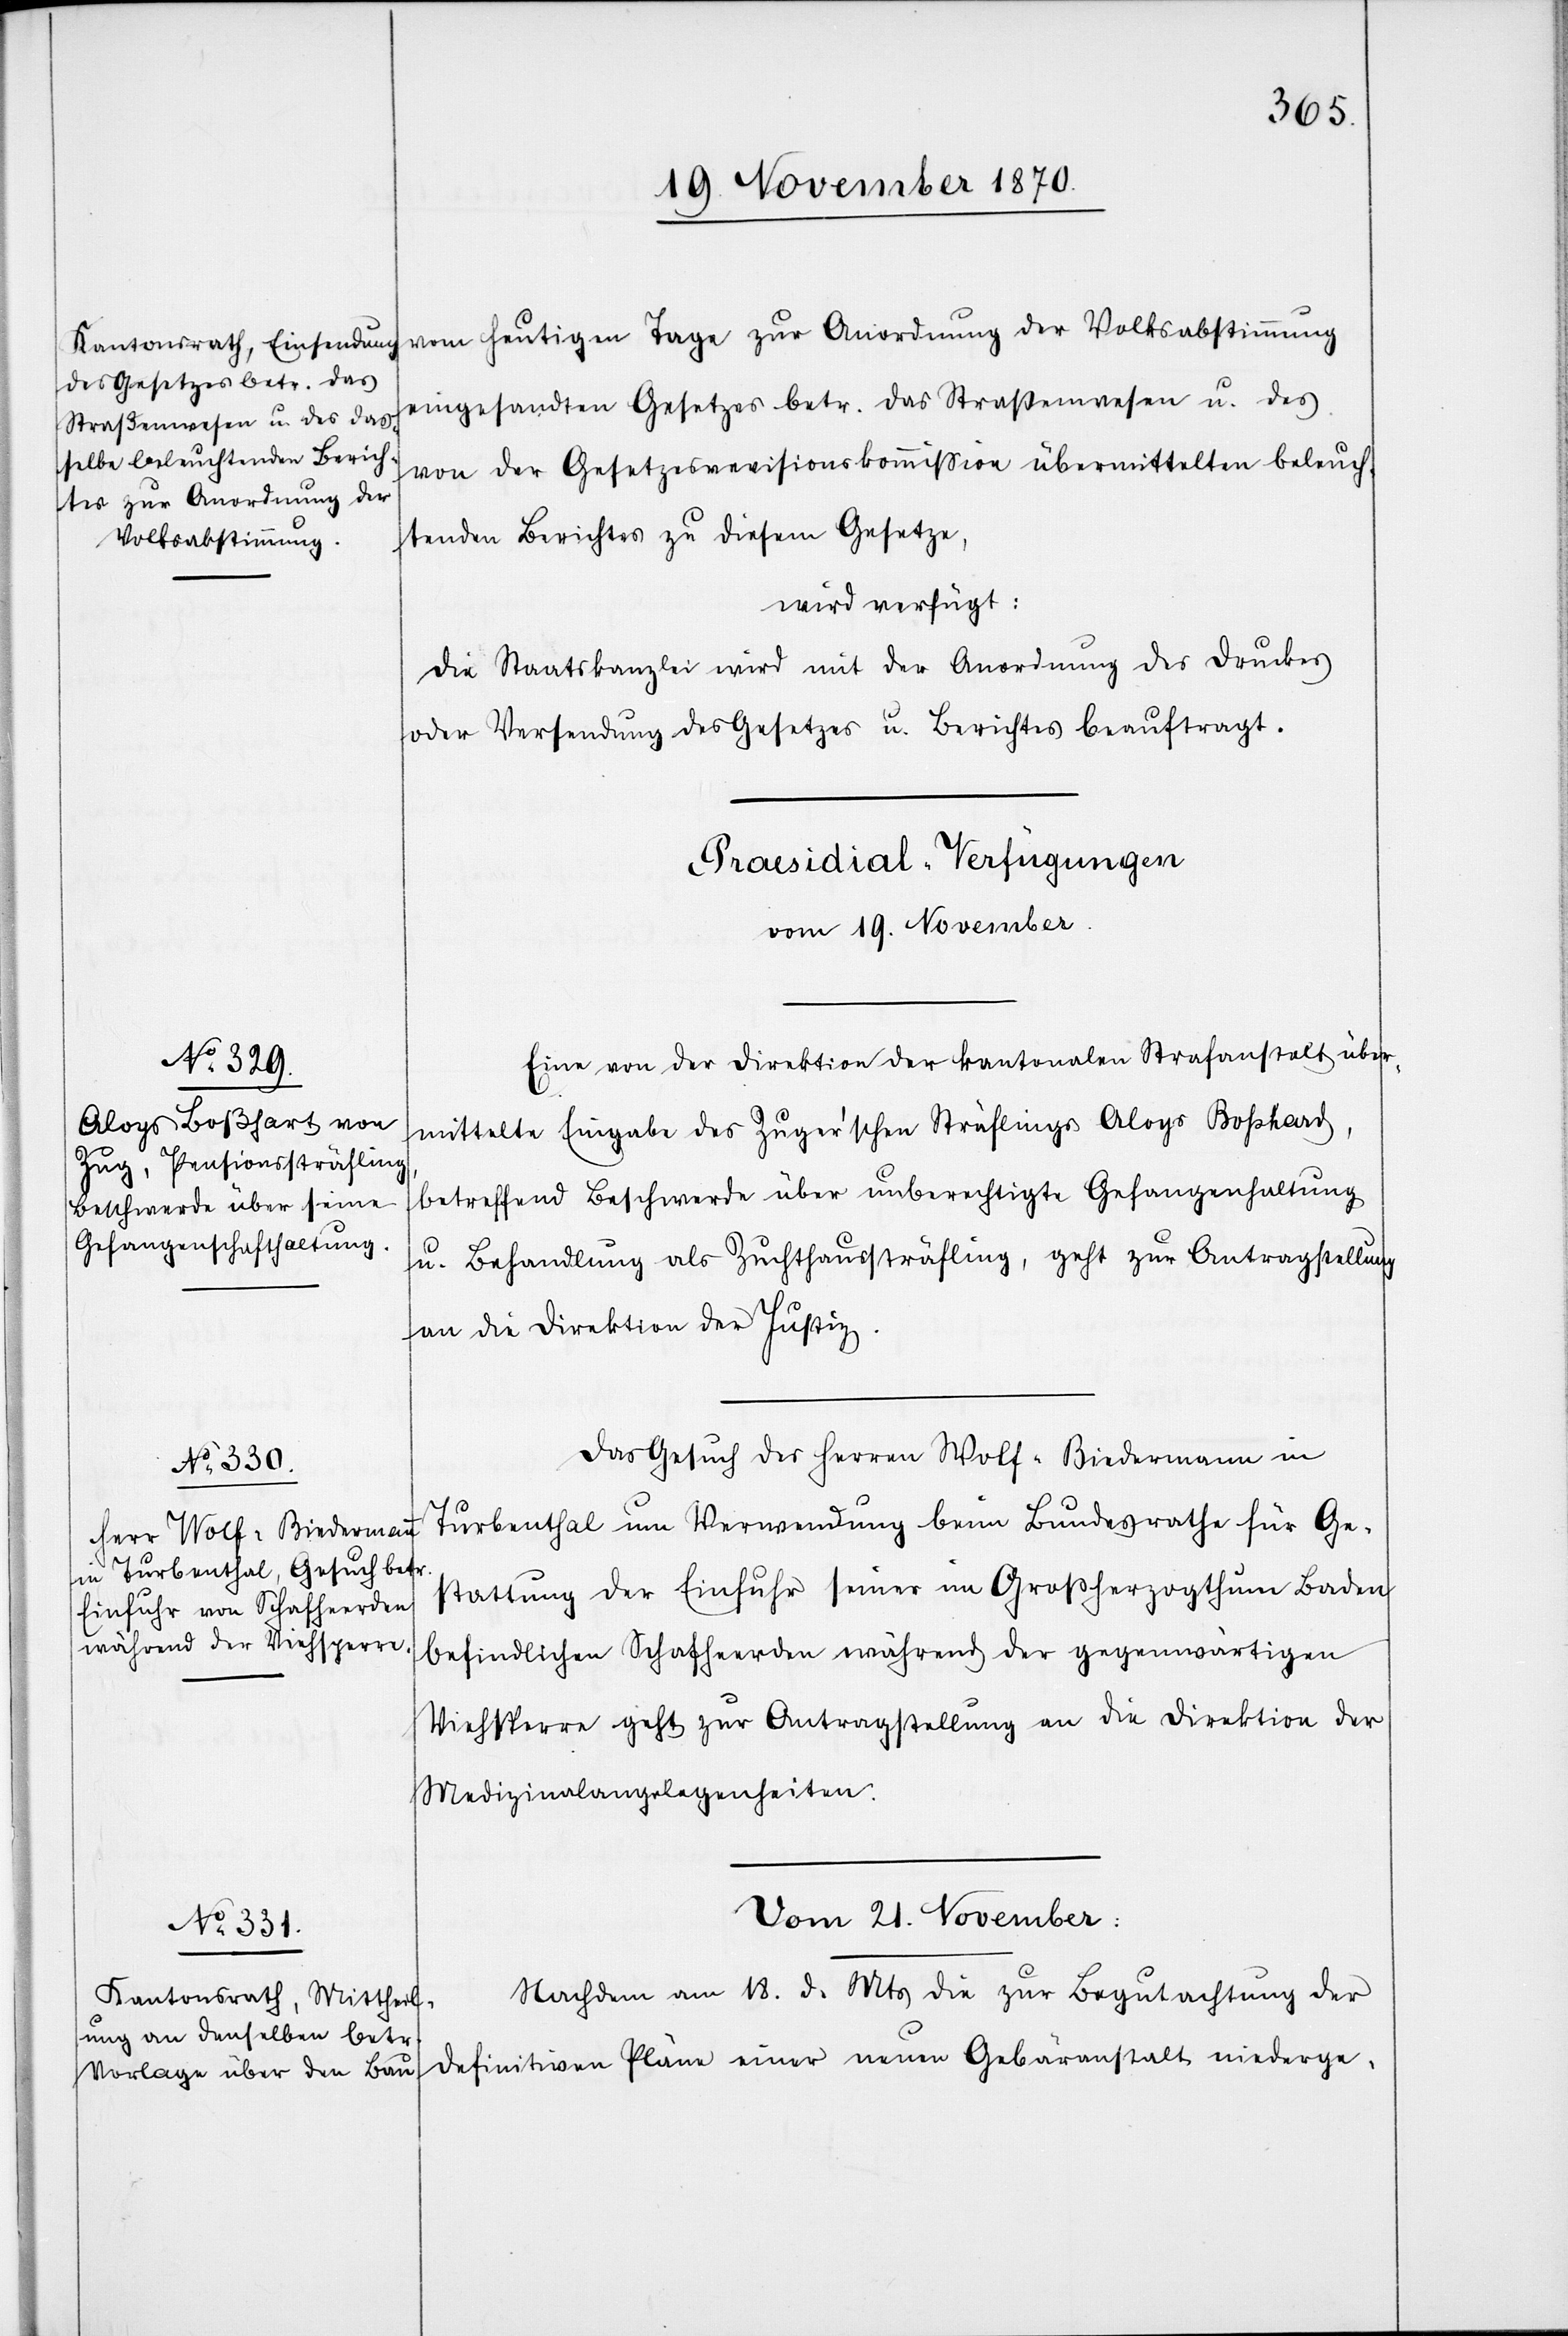
19. November 1870.
vom heutigen Tage zur Anordnung der Volksabstimmung
eingesandten Gesetzes betr. das Straßenwesen u. des
von der Gesetzesrevisionskommißion übermittelten beleuch¬
tenden Berichtes zu diesem Gesetze,
wird verfügt:
Die Staatskanzlei wird mit der Anordnung des Druckes
oder Versendung des Gesetzes u. Berichtes beauftragt.
[Praesidial-Verfügungen]
vom 19. November.]
Eine von der Direktion der kantonalen Strafanstalt über¬
mittelte Eingabe des Zuger’schen Sträflings Aloys Boßhard,
betreffend Beschwerde über unberechtigte Gefangenhaltung
u. Behandlung als Zuchthaussträfling, geht zur Antragstellung
an die Direktion der Justiz.
Das Gesuch des Herren Wolf-Biedermann in
Turbenthal um Verwendung beim Bundesrathe für Ge¬
stattung der Einfuhr seiner im Großherzogthum Baden
befindlichen Schafherden während der gegenwärtigen
Viehsperre geht zur Antragstellung an die Direktion der
Medizinalangelegenheiten.
Vom 21. November:
Nachdem am 18. d. Mts die zur Begutachtung der
definitiven Pläne einer neuen Gebäranstalt niederge-